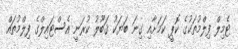
ޓެމިލް ފިލްމުތަކުގެ ކޮޕީ ކަމަށާއި ގިނަ ބަޔަކު ޤަބޫލު ކުރަނީ އެސްޓައިލްގެ ފިލްމުތައް